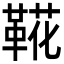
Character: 𩋖